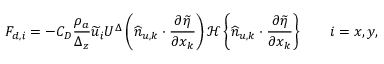
{ F } _ { d , i } = - C _ { D } \frac { \rho _ { a } } { \Delta _ { z } } \widetilde { u } _ { i } U ^ { \Delta } \left( \widehat { n } _ { u , k } \cdot \frac { \partial \widetilde { \eta } } { \partial x _ { k } } \right) { \mathcal { H } \left\{ \widehat { n } _ { u , k } \cdot \frac { \partial \widetilde { \eta } } { \partial x _ { k } } \right\} } \qquad i = x , y ,